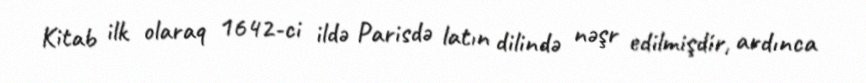
Kitab ilk olaraq 1642-ci ildə Parisdə latın dilində nəşr edilmişdir, ardınca